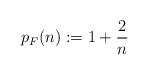
LaTeX: \begin{align*} p_F(n):=1+\frac{2}{n} \end{align*}